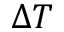
\Delta T